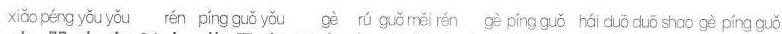
xiǎo péng yǒu yǒu rén píng guǒ yǒu gè rú guǒ méi rén gè píng guǒ hái duō duō shǎo gè píng guǒ.